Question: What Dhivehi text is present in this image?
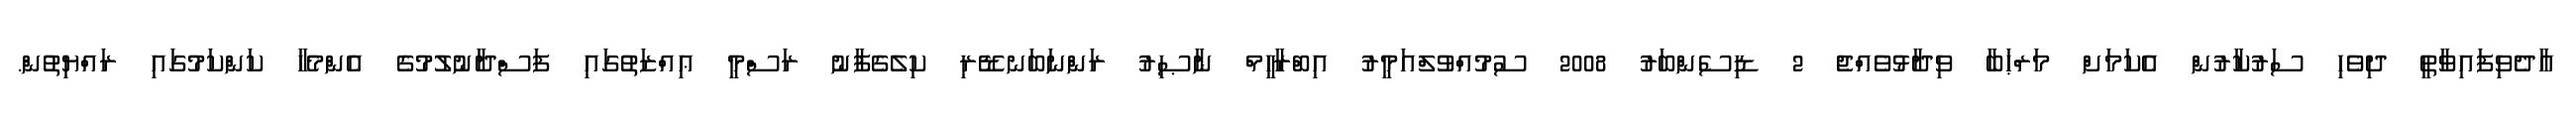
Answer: އާދެވިފައިވާތީ ދިވެހި ސަރުކާރުން އެކަމަށް މަރްޙަބާ ވިދާޅުވެއްޖެ 2 ޑިސެންބަރު 2008 ސުމުއްވުލްއަމީރު އިބްރާހީމް ނާޞިރު ރަންނަބަނޑޭރި ކިލެގެފާނު ރަސްމީ ޢިއްޒަތުގައި ފަސްދާނުލުމުގެ އެންމެހާ ކަންކަމުގައި ރައްޔިތުން.